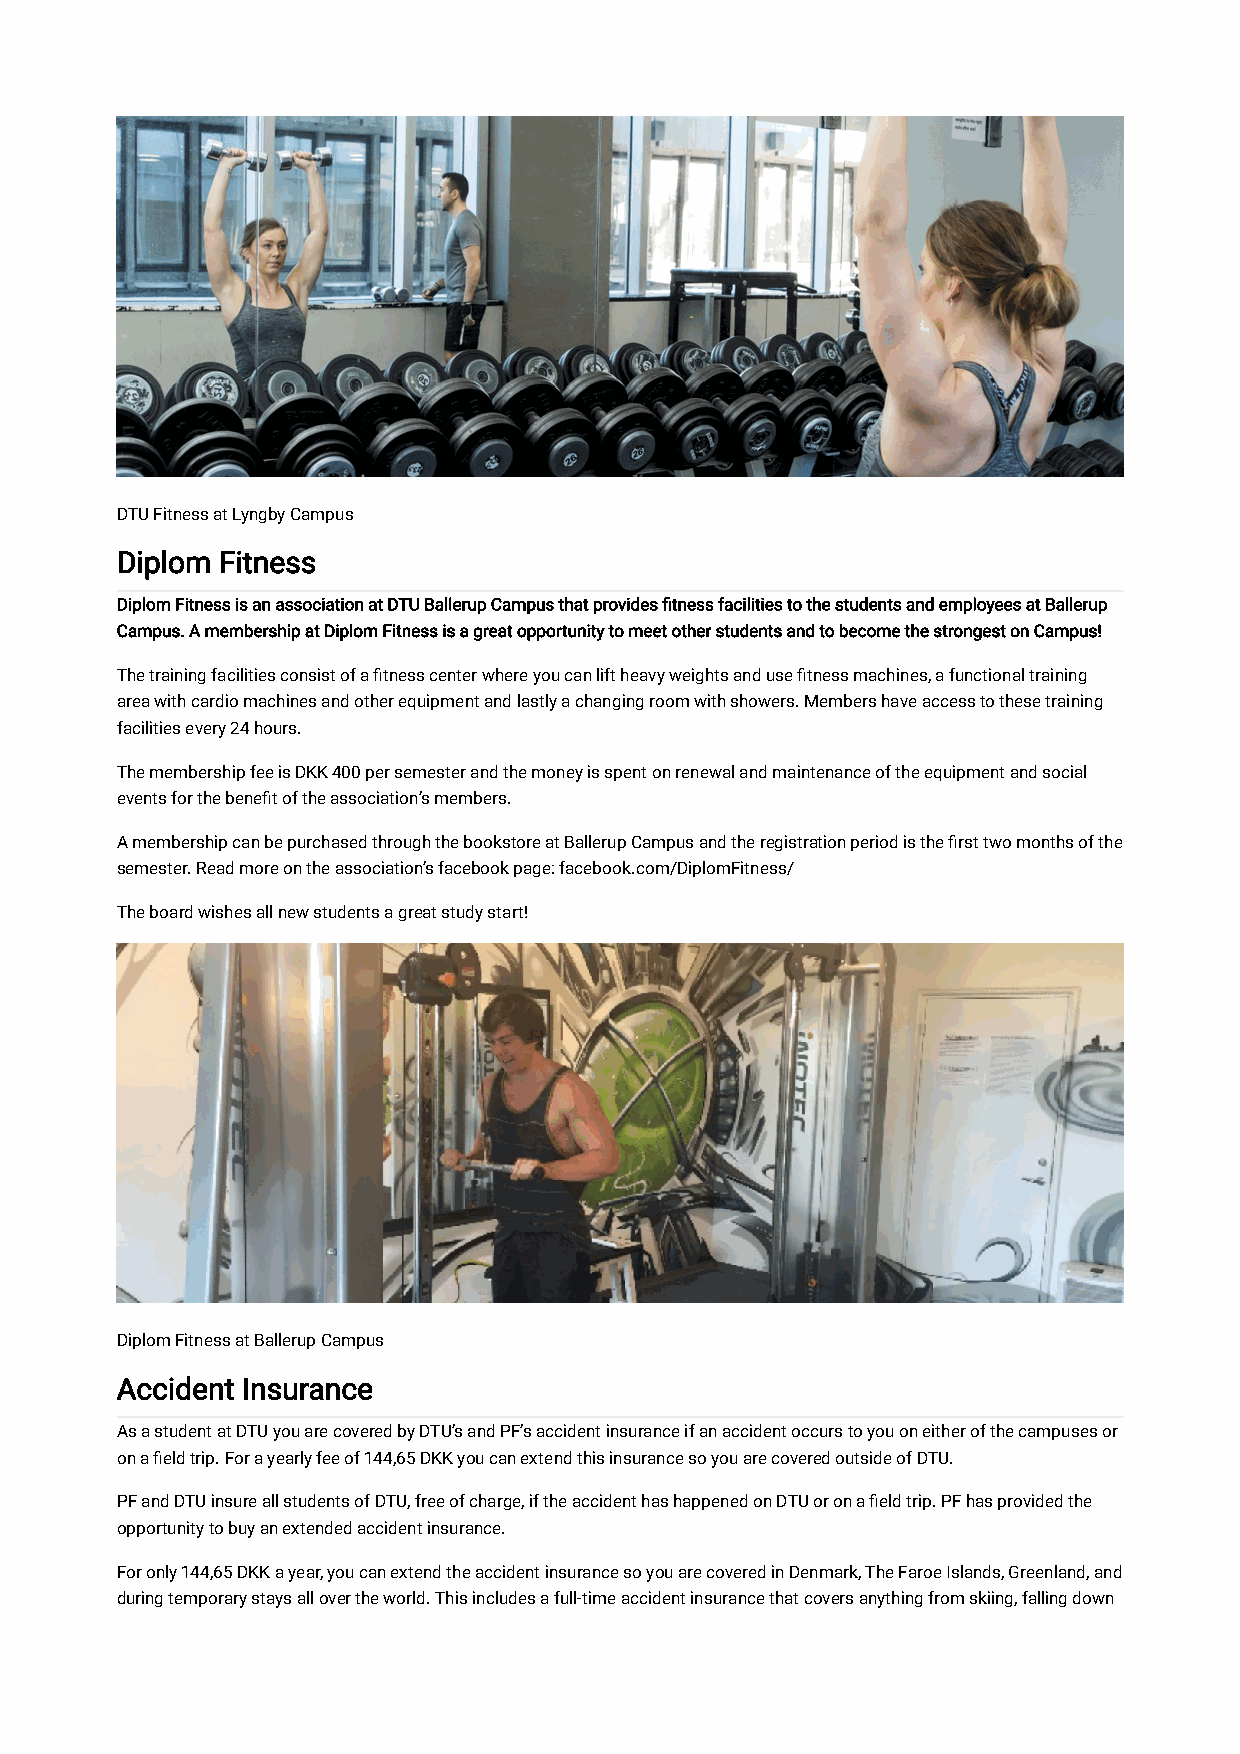
DTU Fitness at Lyngby Campus
 Diplom Fitness
 Diplom Fitness is an association at DTU Ballerup Campus that provides fitness facilities to the students and employees at Ballerup
 Campus. A membership at Diplom Fitness is a great opportunity to meet other students and to become the strongest on Campus!
 The training facilities consist of a fitness center where you can lift heavy weights and use fitness machines, a functional training
 area with cardio machines and other equipment and lastly a changing room with showers. Members have access to these training
 facilities every 24 hours.
 The membership fee is DKK 400 per semester and the money is spent on renewal and maintenance of the equipment and social
 events for the benefit of the association’s members.
 A membership can be purchased through the bookstore at Ballerup Campus and the registration period is the first two months of the
 semester. Read more on the association’s facebook page: facebook.com/DiplomFitness/
 The board wishes all new students a great study start!
 Diplom Fitness at Ballerup Campus
 Accident Insurance
 As a student at DTU you are covered by DTU’s and PF’s accident insurance if an accident occurs to you on either of the campuses or
 on a field trip. For a yearly fee of 144,65 DKK you can extend this insurance so you are covered outside of DTU.
 PF and DTU insure all students of DTU, free of charge, if the accident has happened on DTU or on a field trip. PF has provided the
 opportunity to buy an extended accident insurance.
 For only 144,65 DKK a year, you can extend the accident insurance so you are covered in Denmark, The Faroe Islands, Greenland, and
 during temporary stays all over the world. This includes a full-time accident insurance that covers anything from skiing, falling down